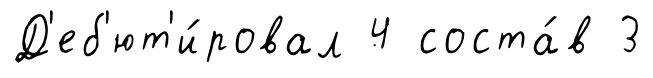
Д'еб'ют'и́ровал 4 соста́в 3